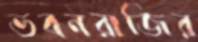
ভবনরাজির